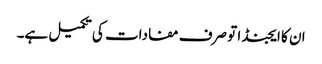
ان کا ایجنڈا تو صرف مفادات کی تکمیل ہے۔